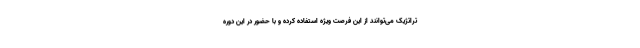
تراتژیک می‌توانند از این فرصت ویژه استفاده کرده و با حضور در این دوره